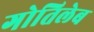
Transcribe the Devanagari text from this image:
गोतिलेब